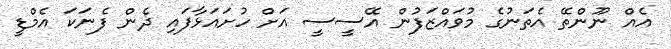
އެއް ނޫންތޭ އެތަނުގެ މުވައްޒަފުން އޭސީސީ އަށް ހުށައަޅާފައި ދެން ފެނަކަ އެމްޑީ